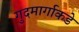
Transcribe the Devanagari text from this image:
गुदमार्गाकडे